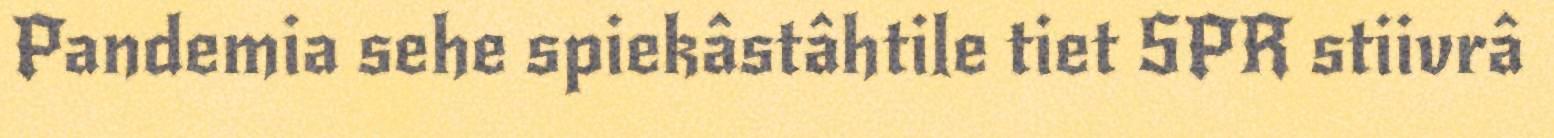
Pandemia sehe spiekâstâhtile tiet SPR stiivrâ